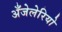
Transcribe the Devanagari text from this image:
अँजेलेरियो